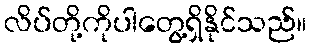
လိပ်တို့ကိုပါတွေ့ရှိနိုင်သည်။